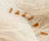
هولندا